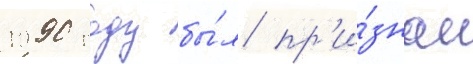
1990 году бы́л пр'и́знан